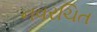
નવરચિત